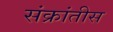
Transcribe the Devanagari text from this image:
संक्रांतीस